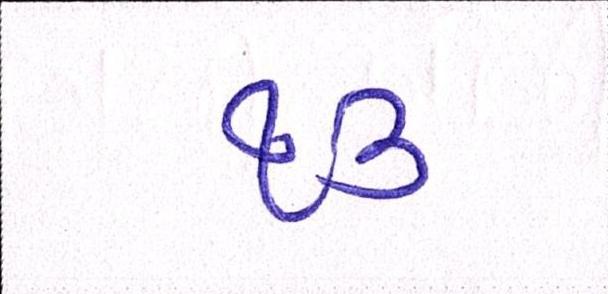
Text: ૧૩